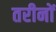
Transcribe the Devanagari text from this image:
तरीनों